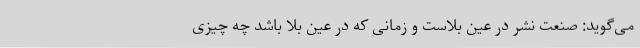
می‌گوید: صنعت نشر در عین بلاست و زمانی که در عین بلا باشد چه چیزی